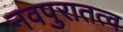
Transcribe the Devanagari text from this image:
नवपुरातत्व